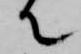
て